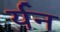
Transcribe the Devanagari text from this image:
र्यन